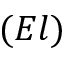
( E l )